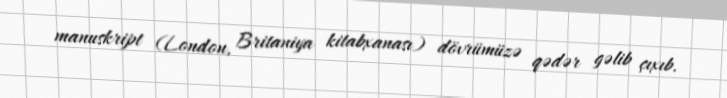
manuskript (London, Britaniya kitabxanası) dövrümüzə qədər gəlib çıxıb.